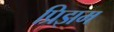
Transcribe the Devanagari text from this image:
प्रिझम